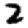
Digit: 2